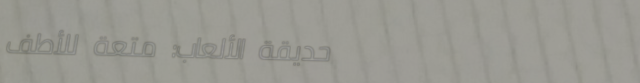
حديقة الألعاب: متعة للأطف